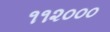
૧૧૨૦૦૦